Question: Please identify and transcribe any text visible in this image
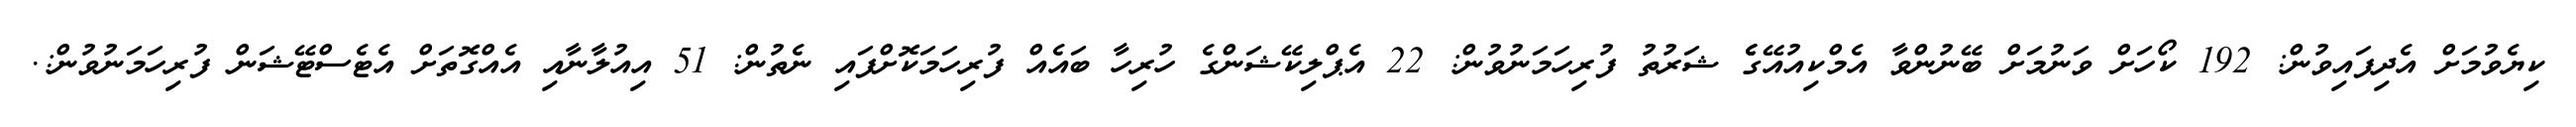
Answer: ކިޔެވުމަށް އެދިފައިވުން: 192 ކޯހަށް ވަނުމަށް ބޭނުންވާ އެމްކިއުއޭގެެ ޝަރުތު ފުރިހަމަނުވުން: 22 އެޕްލިކޭޝަންގެ ހުރިހާ ބައެއް ފުރިހަމަކޮށްފައި ނެތުން: 51 އިއުލާނާއި އެއްގޮތަށް އެޓެސްޓޭޝަން ފުރިހަމަނުވުން:.